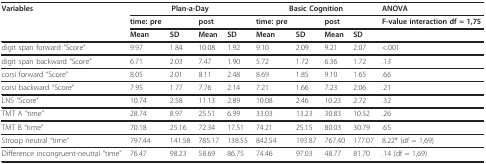
<table><thead><tr><td><b>Variables</b></td><td colspan="4"><b>Plan-a-Day</b></td><td colspan="4"><b>Basic Cognition</b></td><td><b>ANOVA</b></td></tr><tr><td></td><td><b>time: pre</b></td><td></td><td><b>post</b></td><td></td><td><b>time: pre</b></td><td></td><td><b>post</b></td><td></td><td><b>F-value interaction df = 1,75</b></td></tr><tr><td></td><td><b>Mean</b></td><td><b>SD</b></td><td><b>Mean</b></td><td><b>SD</b></td><td><b>Mean</b></td><td><b>SD</b></td><td><b>Mean</b></td><td><b>SD</b></td><td></td></tr></thead><tbody><tr><td>digit span forward &quot;Score&quot;</td><td>9.97</td><td>1.84</td><td>10.08</td><td>1.92</td><td>9.10</td><td>2.09</td><td>9.21</td><td>2.07</td><td>&lt;.001</td></tr><tr><td>digit span backward &quot;Score&quot;</td><td>6.71</td><td>2.03</td><td>7.47</td><td>1.90</td><td>5.72</td><td>1.72</td><td>6.36</td><td>1.72</td><td>.13</td></tr><tr><td>corsi forward &quot;Score&quot;</td><td>8.05</td><td>2.01</td><td>8.11</td><td>2.48</td><td>8.69</td><td>1.85</td><td>9.10</td><td>1.65</td><td>.66</td></tr><tr><td>corsi backward &quot;Score&quot;</td><td>7.95</td><td>1.77</td><td>7.76</td><td>2.14</td><td>7.21</td><td>1.66</td><td>7.23</td><td>2.06</td><td>.21</td></tr><tr><td>LNS &quot;Score&quot;</td><td>10.74</td><td>2.58</td><td>11.13</td><td>2.89</td><td>10.08</td><td>2.46</td><td>10.23</td><td>2.72</td><td>.32</td></tr><tr><td>TMT A &quot;time&quot;</td><td>28.74</td><td>8.97</td><td>25.51</td><td>6.99</td><td>33.03</td><td>13.23</td><td>30.83</td><td>10.52</td><td>.26</td></tr><tr><td>TMT B &quot;time&quot;</td><td>70.18</td><td>25.16</td><td>72.34</td><td>17.51</td><td>74.21</td><td>25.15</td><td>80.03</td><td>30.79</td><td>.65</td></tr><tr><td>Stroop neutral &quot;time&quot;</td><td>797.44</td><td>141.58</td><td>785.17</td><td>138.55</td><td>842.54</td><td>193.87</td><td>767.40</td><td>177.07</td><td>8.22* (df = 1,69)</td></tr><tr><td>Difference incongruent-neutral &quot;time&quot;</td><td>76.47</td><td>98.23</td><td>58.69</td><td>86.75</td><td>74.46</td><td>97.03</td><td>48.77</td><td>81.70</td><td>.14 (df = 1,69)</td></tr></tbody></table>